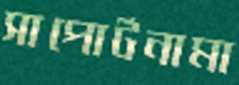
সাপোর্টনামা